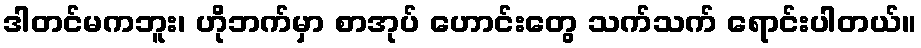
ဒါတင်မကဘူး၊ ဟိုဘက်မှာ စာအုပ် ဟောင်းတွေ သက်သက် ရောင်းပါတယ်။